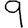
Digit: 9